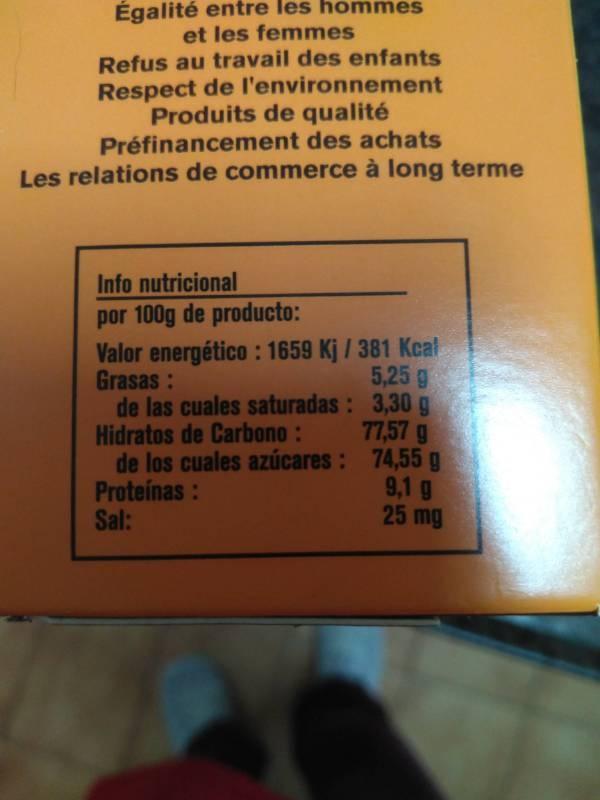
Égalité entre les hommes et les femmes
Refus au travail des enfants Respect de l'environnement Produits de qualité
Préfinancement des achats
Les relations de commerce à long terme
Info nutricional por 100g de producto:
Valor energético: 1659 Kj / 381 Kcal Grasas:
5,25 g
de las cuales saturadas:
3,30 g
Hidratos de Carbono:
77,57 g
de los cuales azúcares:
Proteínas: Sal:
74,55 g
9,1 g
25 mg